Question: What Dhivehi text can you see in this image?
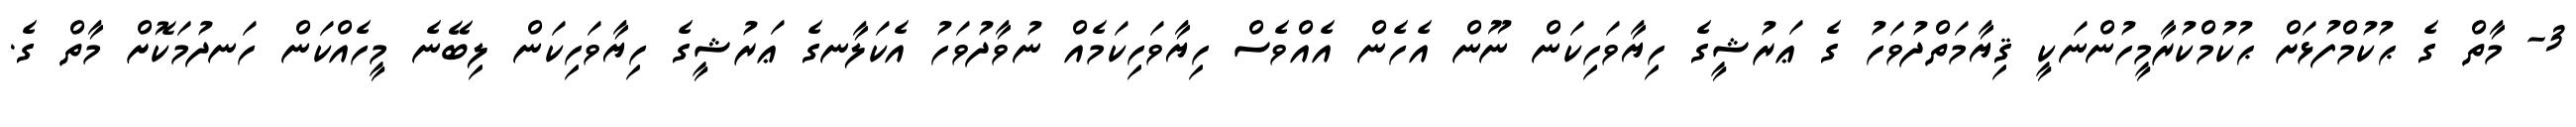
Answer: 3- މާތް ގެ ޙުކުމްފުޅަށް ޙުކުމްކުރާމީހުންނަކީ ޤިޔާމަތްދުވަހު ގެ ޢަރުޝީގެ ހިޔާވަހިކަން ނޫން އެހެން އެއްވެސް ހިޔާވަހިކަމެއް ނުވާދުވަހު އެކަލާނގެ ޢަރުޝީގެ ހިޔާވަހިކަން ލިބޭނެ މީހެއްކަން ހަނދުމަކޮށް މާތް ގެ.